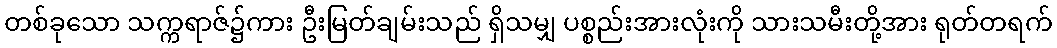
တစ်ခုသော သက္ကရာဇ်၌ကား ဦးမြတ်ချမ်းသည် ရှိသမျှ ပစ္စည်းအားလုံးကို သားသမီးတို့အား ရုတ်တရက်